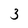
Character: 3